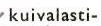
kuivalasti-